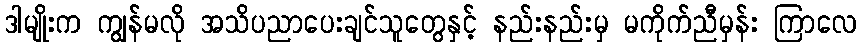
ဒါမျိုးက ကျွန်မလို အသိပညာပေးချင်သူတွေနှင့် နည်းနည်းမှ မကိုက်ညီမှန်း ကြာလေ